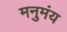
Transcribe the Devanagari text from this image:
मनुमंय